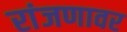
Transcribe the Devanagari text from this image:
रांजणावर